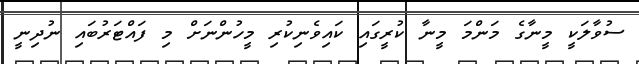
ސުވާލަކީ މީނާގެ މަންމަ މީނާ ކުރީގައި ކައިވެނިކުރި މީހުންނަށް މި ފައްޓަރުބައި ނުދިނީ